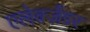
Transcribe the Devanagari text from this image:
एलेक्ज़ैंडर